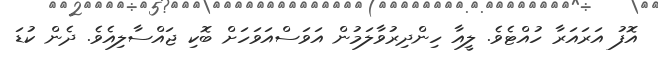
އޮފު އަރައަރާ ހުއްޓެވެ. ލީއާ ހިންދިރުވާލަމުން އަވަސްއަވަހަށް ބޮކި ޖައްސާލިއެވެ. ދެން ކުޑަ